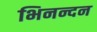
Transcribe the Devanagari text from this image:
भिनन्दन